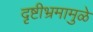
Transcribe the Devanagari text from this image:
दृष्टीभ्रमामुळे